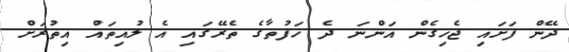
ދޭން ފަށައި ޖެހިގެން އަންނަ ދެ ހަފުތާގެ ތެރޭގައި އެ ލުއިތައް އިތުރަށް